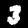
Label: 3